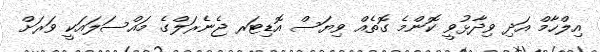
އިލްހާމް އަދި ވިދާޅުވީ ކޮންމެ ގޮތެއް ވިޔަސް އޮޑިޓަރ ޖެނެރަލްގެ މައްސަލައަކީ ވަރަށް